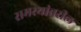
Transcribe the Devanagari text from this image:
समस्यांवरील